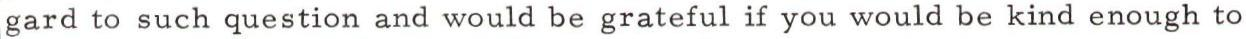
gard to such question and would be grateful if you would be kind enough to